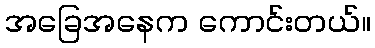
အခြေအနေက ကောင်းတယ်။